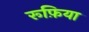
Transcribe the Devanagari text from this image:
रूफ़िया